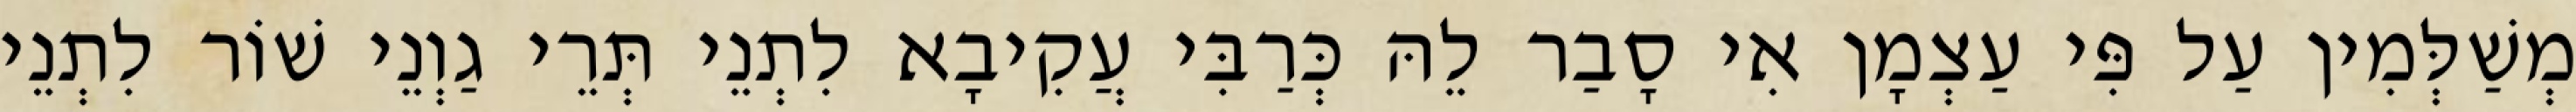
מְשַׁלְּמִין עַל פִּי עַצְמָן אִי סָבַר לֵהּ כְּרַבִּי עֲקִיבָא לִתְנֵי תְּרֵי גַוְנֵי שׁוֹר לִתְנֵי